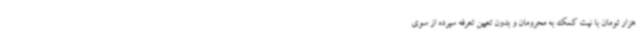
هزار تومان با نیت کمک به محرومان و بدون تعیین تعرفه سپرده از سوی